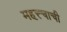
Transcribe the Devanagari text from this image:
महत्त्चाची